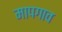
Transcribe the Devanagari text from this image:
मापगाव